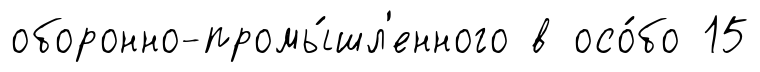
оборонно-промы́шл'енного в осо́бо 15